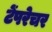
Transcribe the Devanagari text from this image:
टेंपरेचर